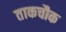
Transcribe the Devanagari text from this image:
ताकचौक